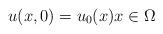
LaTeX: \begin{align*}u(x,0)=u_{0}(x)x\in\Omega \end{align*}